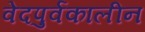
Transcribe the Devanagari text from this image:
वेदपुर्वकालीन